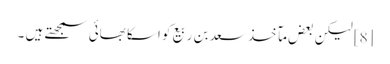
[8] لیکن بعض مآخذ سعد بن ربیع کو اسکا بھائی سمجھتے ہیں ۔